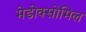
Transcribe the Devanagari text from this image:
मेडोक्सोमिल